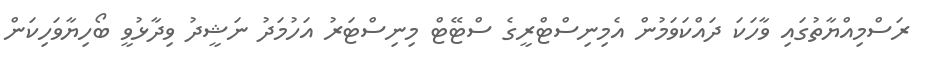
ރަސްމިއްޔާތުގައި ވާހަކަ ދައްކަވަމުން އެމިނިސްޓްރީގެ ސްޓޭޓް މިނިސްޓަރު އަހުމަދު ނަޝީދު ވިދާޅުވީ ބޯހިޔާވަހިކަން